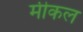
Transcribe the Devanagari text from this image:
मीकल